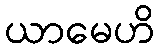
ယာမေဟိ